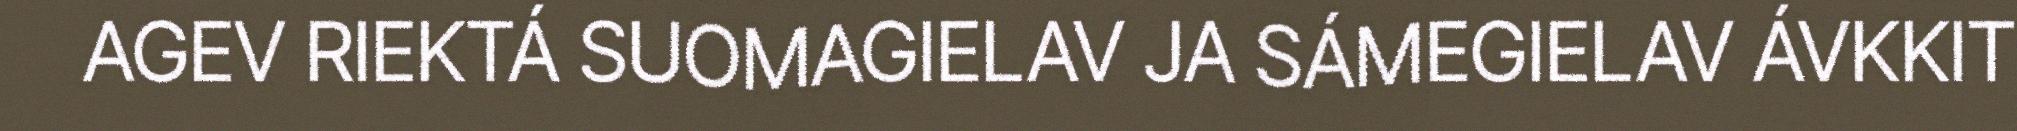
AGEV RIEKTÁ SUOMAGIELAV JA SÁMEGIELAV ÁVKKIT